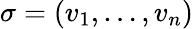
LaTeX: \sigma=(v_{1},\dots,v_{n})